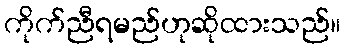
ကိုက်ညီရမည်ဟုဆိုထားသည်။